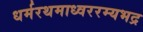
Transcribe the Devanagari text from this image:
धर्मरथमाध्वररम्यभद्र